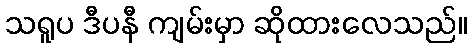
သရူပ ဒီပနီ ကျမ်းမှာ ဆိုထားလေသည်။